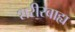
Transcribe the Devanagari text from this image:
शरीरबाह्य